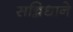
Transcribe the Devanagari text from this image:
सन्निधाने